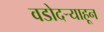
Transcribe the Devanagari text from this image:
वडोदऱ्याहून